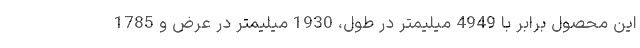
این محصول برابر با 4949 میلیمتر در طول، 1930 میلیمتر در عرض و 1785